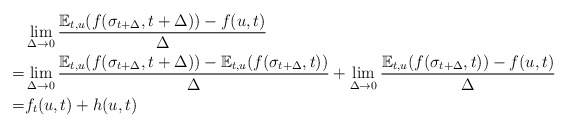
\begin{align*}&\lim_{\Delta\to 0}\frac{\mathbb E_{t,u} (f(\sigma_{t+\Delta},t+\Delta))-f(u,t)}{\Delta}\\=&\lim_{\Delta\to 0}\frac{\mathbb E_{t,u} (f(\sigma_{t+\Delta},t+\Delta))-\mathbb E_{t,u} (f(\sigma_{t+\Delta},t))}{\Delta}+\lim_{\Delta\to 0}\frac{\mathbb E_{t,u} (f(\sigma_{t+\Delta},t))-f(u,t)}{\Delta}\\=&f_{t}(u,t)+h(u,t)\end{align*}